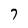
Character: 7